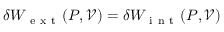
\delta W _ { \mathrm { ~ e ~ x ~ t ~ } } ( P , \mathcal { V } ) = \delta W _ { \mathrm { ~ i ~ n ~ t ~ } } ( P , \mathcal { V } )